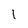
Character: l